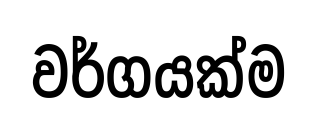
වර්ගයක්ම